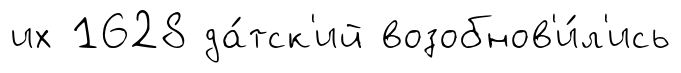
их 1628 да́тск'ий возобнов'и́л'ись